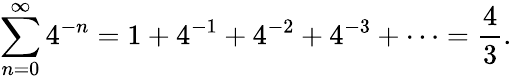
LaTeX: \sum_{n=0}^{\infty}4^{-n}=1+4^{-1}+4^{-2}+4^{-3}+\cdots={\frac{4}{3}}.